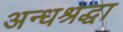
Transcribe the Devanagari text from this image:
अन्धश्रद्धा